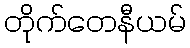
တိုက်တေနီယမ်